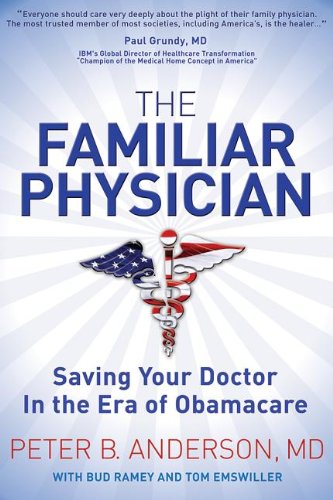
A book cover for The Familiar Physician: Saving Your Doctor In the Era of Obamacare; Peter B Anderson; Medical Books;